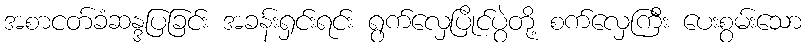
အစာငတ်ခံဆန္ဒပြခြင်း အခန်းရှင်းရင်း ရွက်လှေပြိုင်ပွဲတို့ စက်လှေကြီး ပေးစွမ်းသော